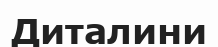
Диталини